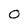
Character: O